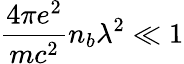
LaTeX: \frac{4\pi e^{2}}{mc^{2}}n_{b}\lambda^{2}\ll 1